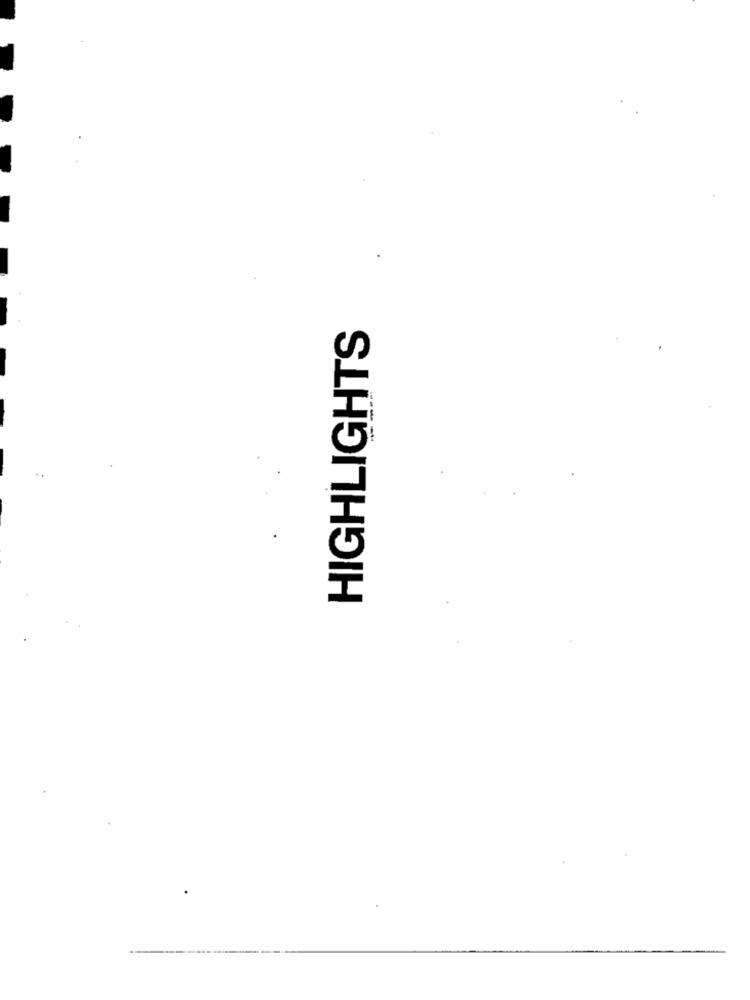
HIGHLIGHTS